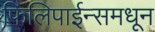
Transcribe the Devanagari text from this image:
फिलिपाईन्समधून